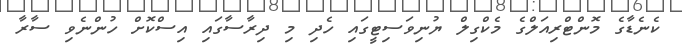
ކެނެޑާގެ މޮންޓްރިއަލްގެ މެކްގިލް ޔުނިވަސިޓީގައި ހެދި މި ދިރާސާގައި އިސްކޮށް ހުންނެވި ސާރާ